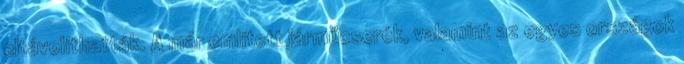
eltávolíthatták. A már említett járműcserék, valamint az egyes országok